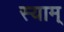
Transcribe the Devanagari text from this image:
स्याम्